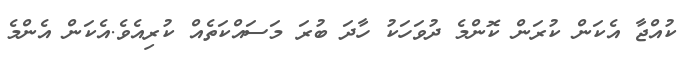
ކުއްޖާ އެކަން ކުރަން ކޮންމެ ދުވަހަކު ހާދަ ބުރަ މަސައްކަތެއް ކުރިއެވެ.އެކަން އެންމެ